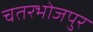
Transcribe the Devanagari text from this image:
चतरभोजपुर